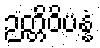
ဉတ္တိဝိပန္နံ